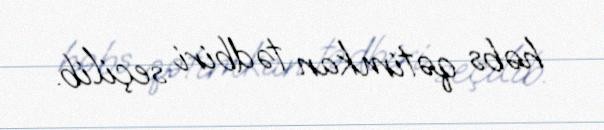
həbs qətimkan tədbiri seçilib.